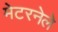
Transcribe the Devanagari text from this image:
मेटरनेले